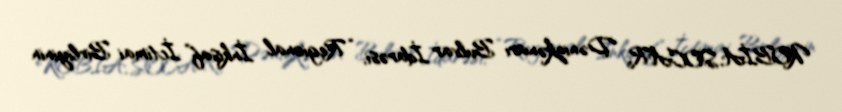
KOBİA, SOCAR, Dənizkənarı Bulvar İdarəsi, “Regional İnkişaf” İctimai Birliyinin